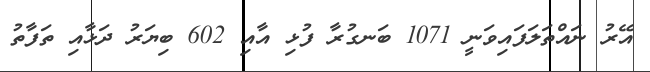
އޭރު ނައްތަލަފައިވަނީ 1071 ބަނގުރާ ފުޅި އާއި 602 ބިޔަރު ދަޅާއި ތަފާތު